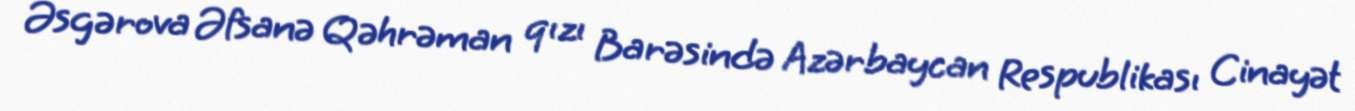
Əsgərova Əfsanə Qəhrəman qızı Barəsində Azərbaycan Respublikası Cinayət